Report on horse surra - Volume II, Part II
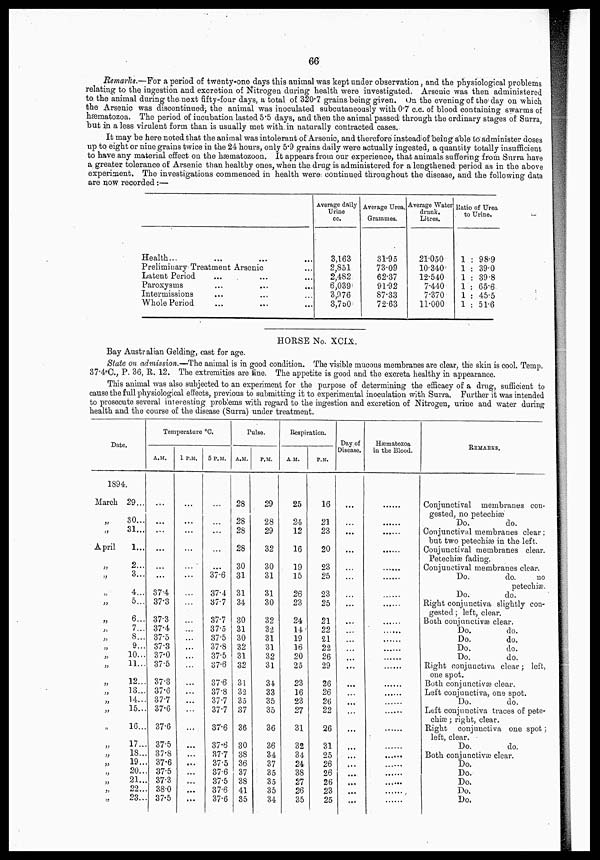
66
Remarks.—For a period of twenty-one days this animal was kept under observation, and the physiological problems
relating to the ingestion and excretion of Nitrogen during health were investigated. Arsenic was then administered
to the animal during the next fifty-four days, a total of 320.7 grains being given. On the evening of the' day on which
the Arsenic was discontinued, the animal was inoculated subcutaneously with 0.7 c.c. of blood containing swarms of
hæmatozoa. The period of incubation lasted 5.5 days, and then the animal passed through the ordinary stages of Surra,
but in a less virulent form than is usually met with, in naturally contracted cases..
It may be here noted that the animal was intolerant of Arsenic, and therefore instead of being able to administer doses
up to eight or nine grains twice in the 24 hours, only 5.9 grains daily were actually ingested, a quantity totally insufficient
to have any material effect on the hæmatozoon. It appears from our experience, that animals suffering from Surra have
a greater tolerance of Arsenic than healthy ones, when the drug is administered for a lengthened period as in the above
experiment. The investigations commenced in health were continued throughout the disease, and the following data
are now recorded :—
Health...
Preliminary Treatment Arsenic
Latent Period
Paroxysms
Intermissions
Whole Period
Average daily
Urine
cc.
3,163
2,851
2,482
6,039
3,976
3,750
Average Urea.
Grammes.
31.95
73.09
62.37
91.92
87.33
72-63
Average Water
drunk.
Litres.
21.050
10.340
12.540
7.440
7.370
11.000
Ratio of Urea
to Urine.
1 : 98.9
1 : 39.0
1 : 39.8
1 : 65.6
1 : 45.5
1 : 51.6
HORSE No. X
CIX.
Bay Australian Gelding, cast for age.
State on admission.—-The animal is in good condition. The visible mucous membranes are clear, the skin is cool. Temp.
37.4°C, P. 36, R. 12. The extremities are fine. The appetite is good and the excreta healthy in appearance.
This animal was also subjected to an experiment for the purpose of determining the efficacy of a drug, sufficient to
cause the full physiological effects, previous to submitting it to experimental inoculation with Surra. Further it was intended
to prosecute several interesting problems with regard to the ingestion and excretion of Nitrogen, urine and water during
health and the course of the disease (Surra) under treatment.
Date.
1894.
March
„
„
April
„
„
„
„
„
„
„
„
„
„
„
„
„
„
"
„
„
„
„
„
„
„
29...
30...
31...
1...
2...
3...
4...
5...
6...
7...
8...
9...
10...
11...
12...
13...
14...
15...
16...
17..
18..
19..
20..
21..
22..
23..
Temperature °C.
A.M.
...
...
...
...
...
...
37.4
37.3
37.3
37.4
37.5
37.3
37.0
37.5
37.3
37.6
37.7
37.6
37.6
37.5
37.8
37.6
37.5
37.3
38.0
37.5
1 P.M.
...
...
...
...
...
...
...
...
...
...
...
...
...
...
...
...
...
...
...
....
...
...
...
5 P.M.
...
...
...
...
...
37.6
37.4
37.7
37.7
37.5
37.5
37.8
37.5
37.6
37.6
37.8
37.7
37.7
37.6
37.6
37.7
37.5
37.6
37.5
37.6
37.6
Pulse.
A.M.
28
28
28
28
30
31
31
34
30
31
30
32
31
32
31
32
35
37
36
30
38
36
37
38
41
35
P.M.
29
28
29
32
30
31
31
30
32
32
31
31
32
31
34.
33
35
35
36
36
34
37
35
35
35
34
Respiration.
A.M.
25
24
12
16
19
15
26
23
24
14
19
16
20
25
23
16
23
27
31
32
34
24
38
27
26
35
P.M.
16
21
23
20
23
25
23
25
21
22
21
22
26
29
26
26
26
22
26
31
25
26
26
26
23
25
Day of
Disease.
...
...
...
...
...
...
...
...
...
...
...
...
...
...
...
...
...
...
„
...
Hæmatozoa
in the Blood.
......
REMARKS.
Conjunctival membranes con-
gested, no petechiæ
Do.
do.
Conjunctival membranes clear;
but two petechiæ in the left.
Conjunctival membranes clear.
Petechiæ fading.
Conjunctival membranes clear.
Do.
do.
no
petechiæ.
Do.
do.
Right conjunctiva slightly con-
gested ; left, clear.
Both conjunctivæ clear.
Do.
do.
Do.
do.
Do.
do.
Do.
do.
Right conjunctiva clear; left,
one spot.
Both conjunctivæ clear.
Left conjunctiva, one spot.
Do.
do.
Left conjunctiva traces of pete-
chiæ ; right, clear.
Right conjunctiva one spot;
left, clear.
Do.
do.
Both conjunctivæ clear.
Do.
Do.
Do.
Do.
Do.